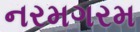
નરમગરમ